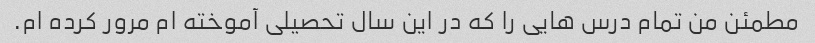
مطمئن من تمام درس هایی را که در این سال تحصیلی آموخته ام مرور کرده ام.